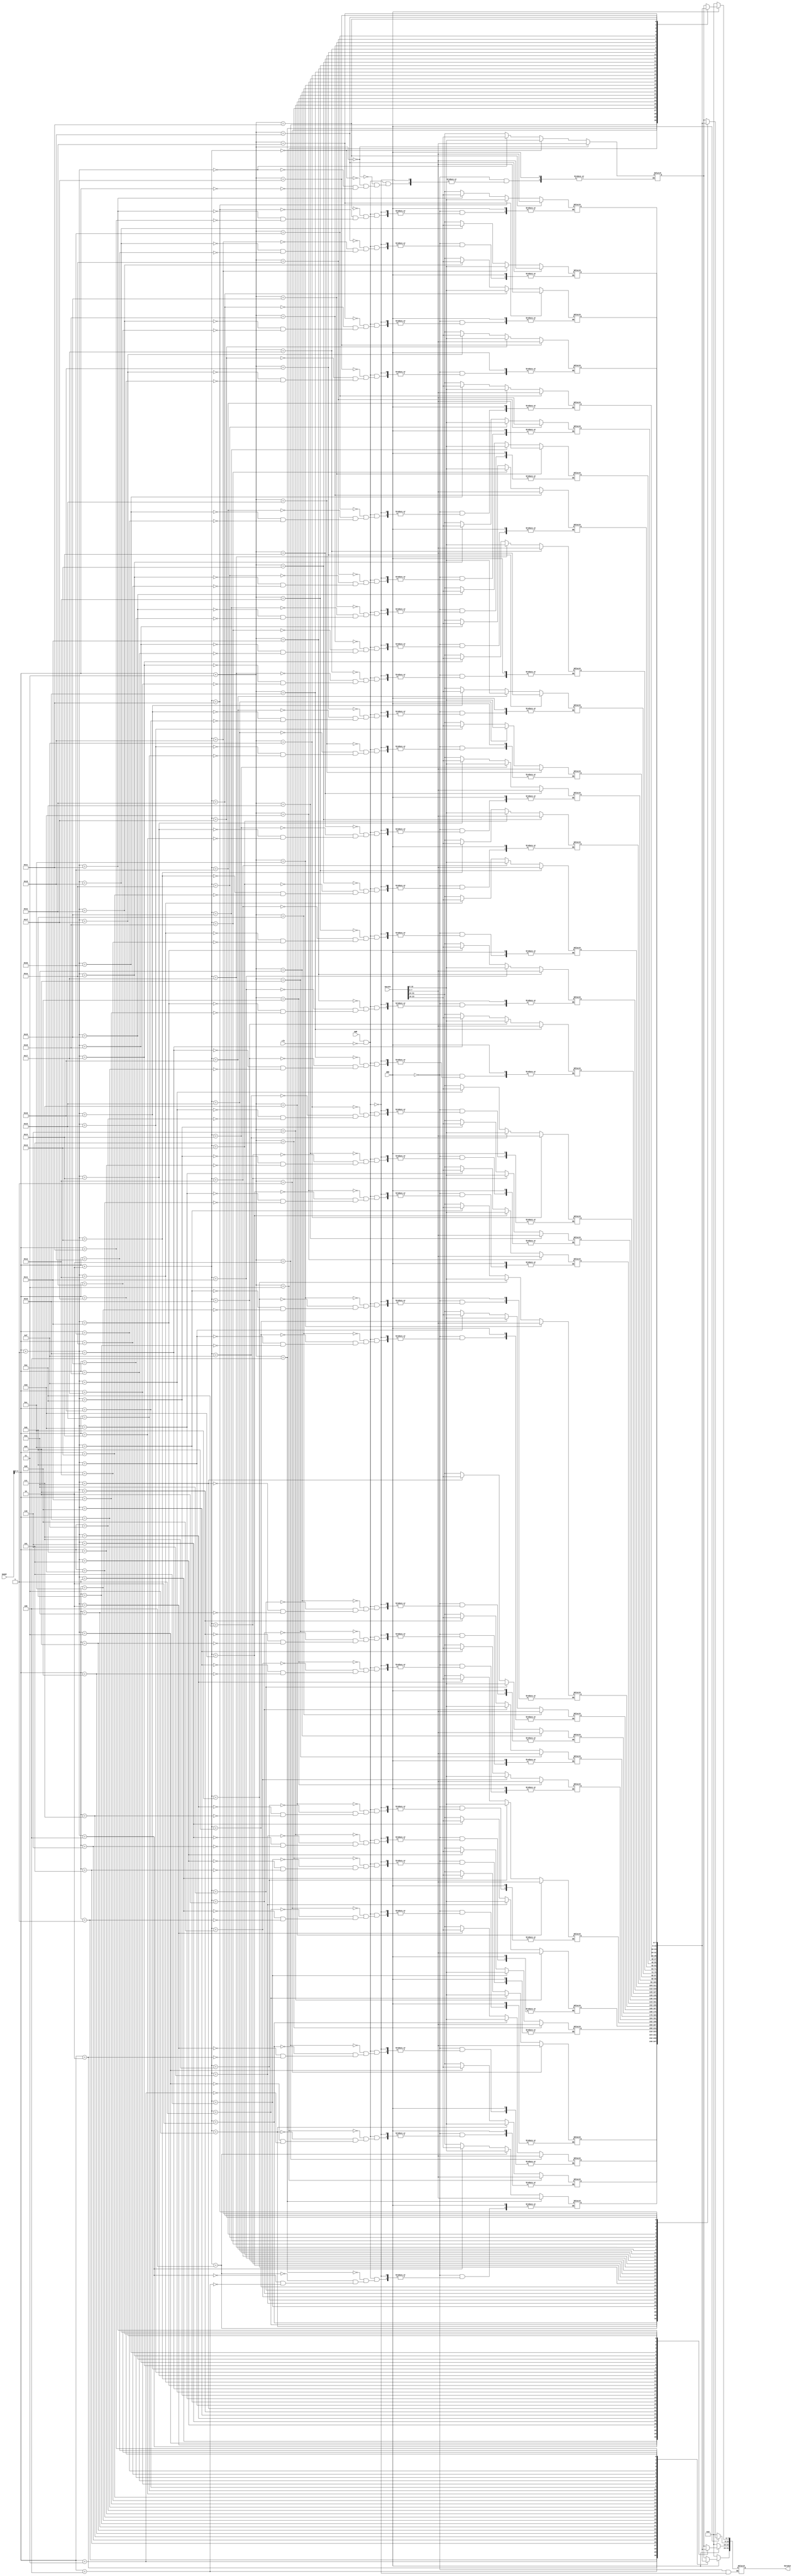
`timescale 1ns / 1ps
//////////////////////////////////////////////////////////////////////////////////
// Company: 
// Engineer: 
// 
// Design Name: 
// Module Name: DataMEM
// Project Name: 
// Target Devices: 
// Tool Versions: 
// Description: 
// 
// Dependencies: 
// 
// Revision:
// Revision 0.01 - File Created
// Additional Comments:
// 
//////////////////////////////////////////////////////////////////////////////////


module DataMEM(
    input[31:0] DAddr,
    input[31:0] DataIn,
    input mRD,
    input mWR,
    input clk,
    output reg[31:0] DataOut
    );
    initial begin
        DataOut <= 0;
    end
    reg [8:0] memory[31:0];
    integer i;
    
    initial
        begin
            for(i = 0; i < 32; i=i+1)
                memory[i] <= 0;
        end
    
    always @(*)
        begin
        // read data
            if (mRD)
                begin
                    DataOut[31:24] = memory[DAddr];
                    DataOut[23:16] = memory[DAddr+1];
                    DataOut[15:8] = memory[DAddr+2];
                    DataOut[7:0] = memory[DAddr+3];
                end
        // write data
            else if (mWR && !clk)
                begin
                    memory[DAddr] <= DataIn[31:24];
                    memory[DAddr+1] <= DataIn[23:16];
                    memory[DAddr+2] <= DataIn[15:8];
                    memory[DAddr+3] <= DataIn[7:0];
                    DataOut <= 0;
                end
        end
endmodule